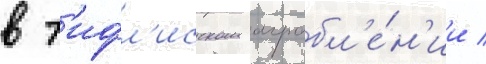
в т'ифл'исском ограбл'е́н'ии /